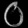
Digit: ၀